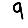
Digit: 9